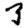
Digit: 3